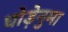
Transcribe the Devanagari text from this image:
घोड़ेनुमा